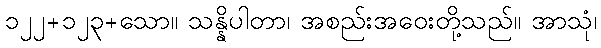
၁၂၂+၁၂၃+သော။ သန္နိပါတာ၊ အစည်းအဝေးတို့သည်။ အာသုံ၊